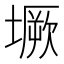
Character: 㙭